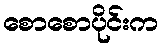
စောစောပိုင်းက